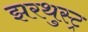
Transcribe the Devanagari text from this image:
झरथुस्ट्र